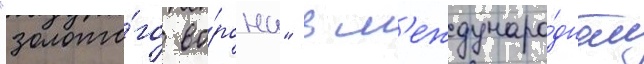
"золото́го во́рона" в м'еждунаро́дном